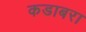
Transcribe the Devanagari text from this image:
कडाबरा